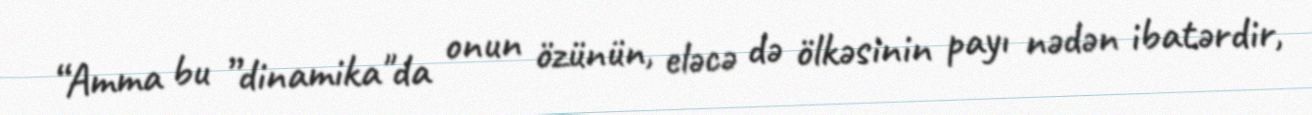
“Amma bu ”dinamika"da onun özünün, eləcə də ölkəsinin payı nədən ibatərdir,